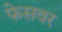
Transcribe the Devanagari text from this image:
फेसवर